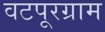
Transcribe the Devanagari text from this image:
वटपूरग्राम